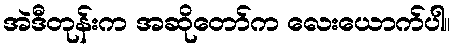
အဲဒီတုန်းက အဆိုတော်က လေးယောက်ပါ။